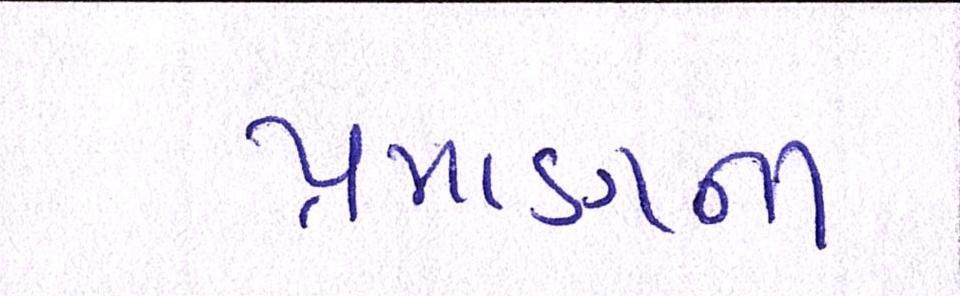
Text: પ્રમાણના